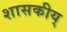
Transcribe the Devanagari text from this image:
शासकीय्